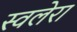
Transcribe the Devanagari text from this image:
स्वलेरा